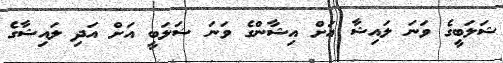
ޝަލަބީގެ ވަނަ ލައިޝާ އަށް އިޝާންގެ ވަނަ ޝަލަބީ އަށް އަދި ލައިޝާގެ